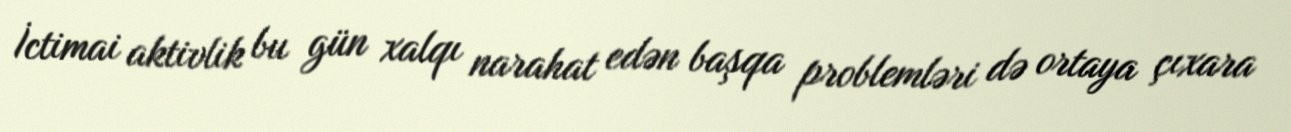
İctimai aktivlik bu gün xalqı narahat edən başqa problemləri də ortaya çıxara